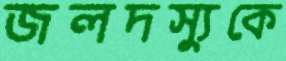
জলদস্যুকে